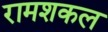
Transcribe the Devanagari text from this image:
रामशकल